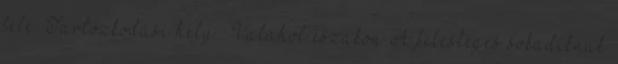
felé. Tartózkodási hely : Valahol északon A felesleges sokadiknak